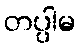
တပ္ပါမ